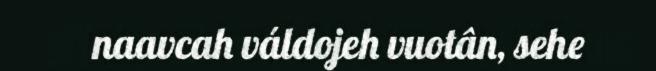
naavcah váldojeh vuotân, sehe